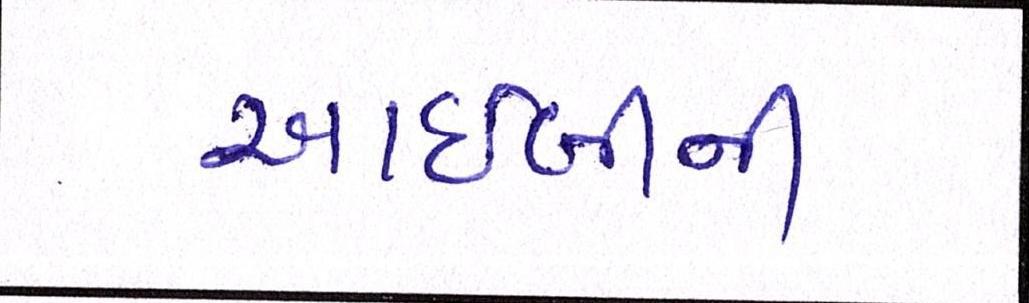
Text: આઈબીની